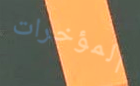
المؤخرات